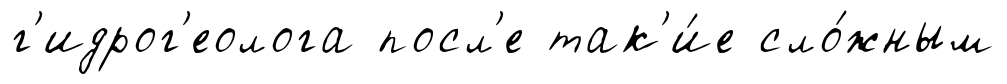
г'идрог'еолога посл'е так'и́е сло́жным